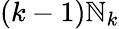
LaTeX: (k-1)\mathbb{N}_{k}